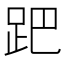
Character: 跁